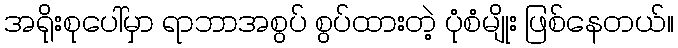
အရိုးစုပေါ်မှာ ရာဘာအစွပ် စွပ်ထားတဲ့ ပုံစံမျိုး ဖြစ်နေတယ်။